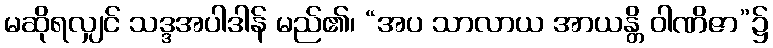
မဆိုရလျှင် သဒ္ဒအပါဒါန် မည်၏၊ “အပ သာလာယ အာယန္တိ ဝါဏိဇာ”၌